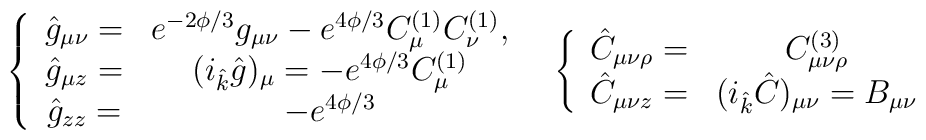
\left. \begin{array}{cc}\left\{\begin{array}{cc}\hat{g}_{\mu\nu}= &e^{-2\phi/3}g_{\mu\nu}- e^{4\phi/3}C^{(1)}_{\mu}C^{(1)}_{\nu}, \\\hat{g}_{\mu z}= & (i_{\hat{k}}\hat{g})_{\mu}=- e^{4\phi/3}C^{(1)}_{\mu}  \\\hat{g}_{z z}= &-e^{4\phi/3}\end{array}\right. &\left\{\begin{array}{cc}\hat{C}_{\mu\nu\rho}= &C^{(3)}_{\mu\nu\rho} \\\hat{C}_{\mu\nu z}= &(i_{\hat{k}}\hat{C})_{\mu\nu}=B_{\mu\nu}\end{array}\right.\end{array}\right.